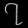
Digit: ၇